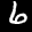
Label: 6